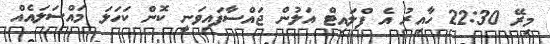
މިރޭ 22:30 ހާއިރު އެ ފްލައިޓް އަލުން ޖައްސާފައިވަނީ ކޮން ކަހަލަ މައްސަލައެއް